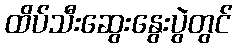
ထိပ်သီးဆွေးနွေးပွဲတွင်